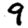
Digit: 9